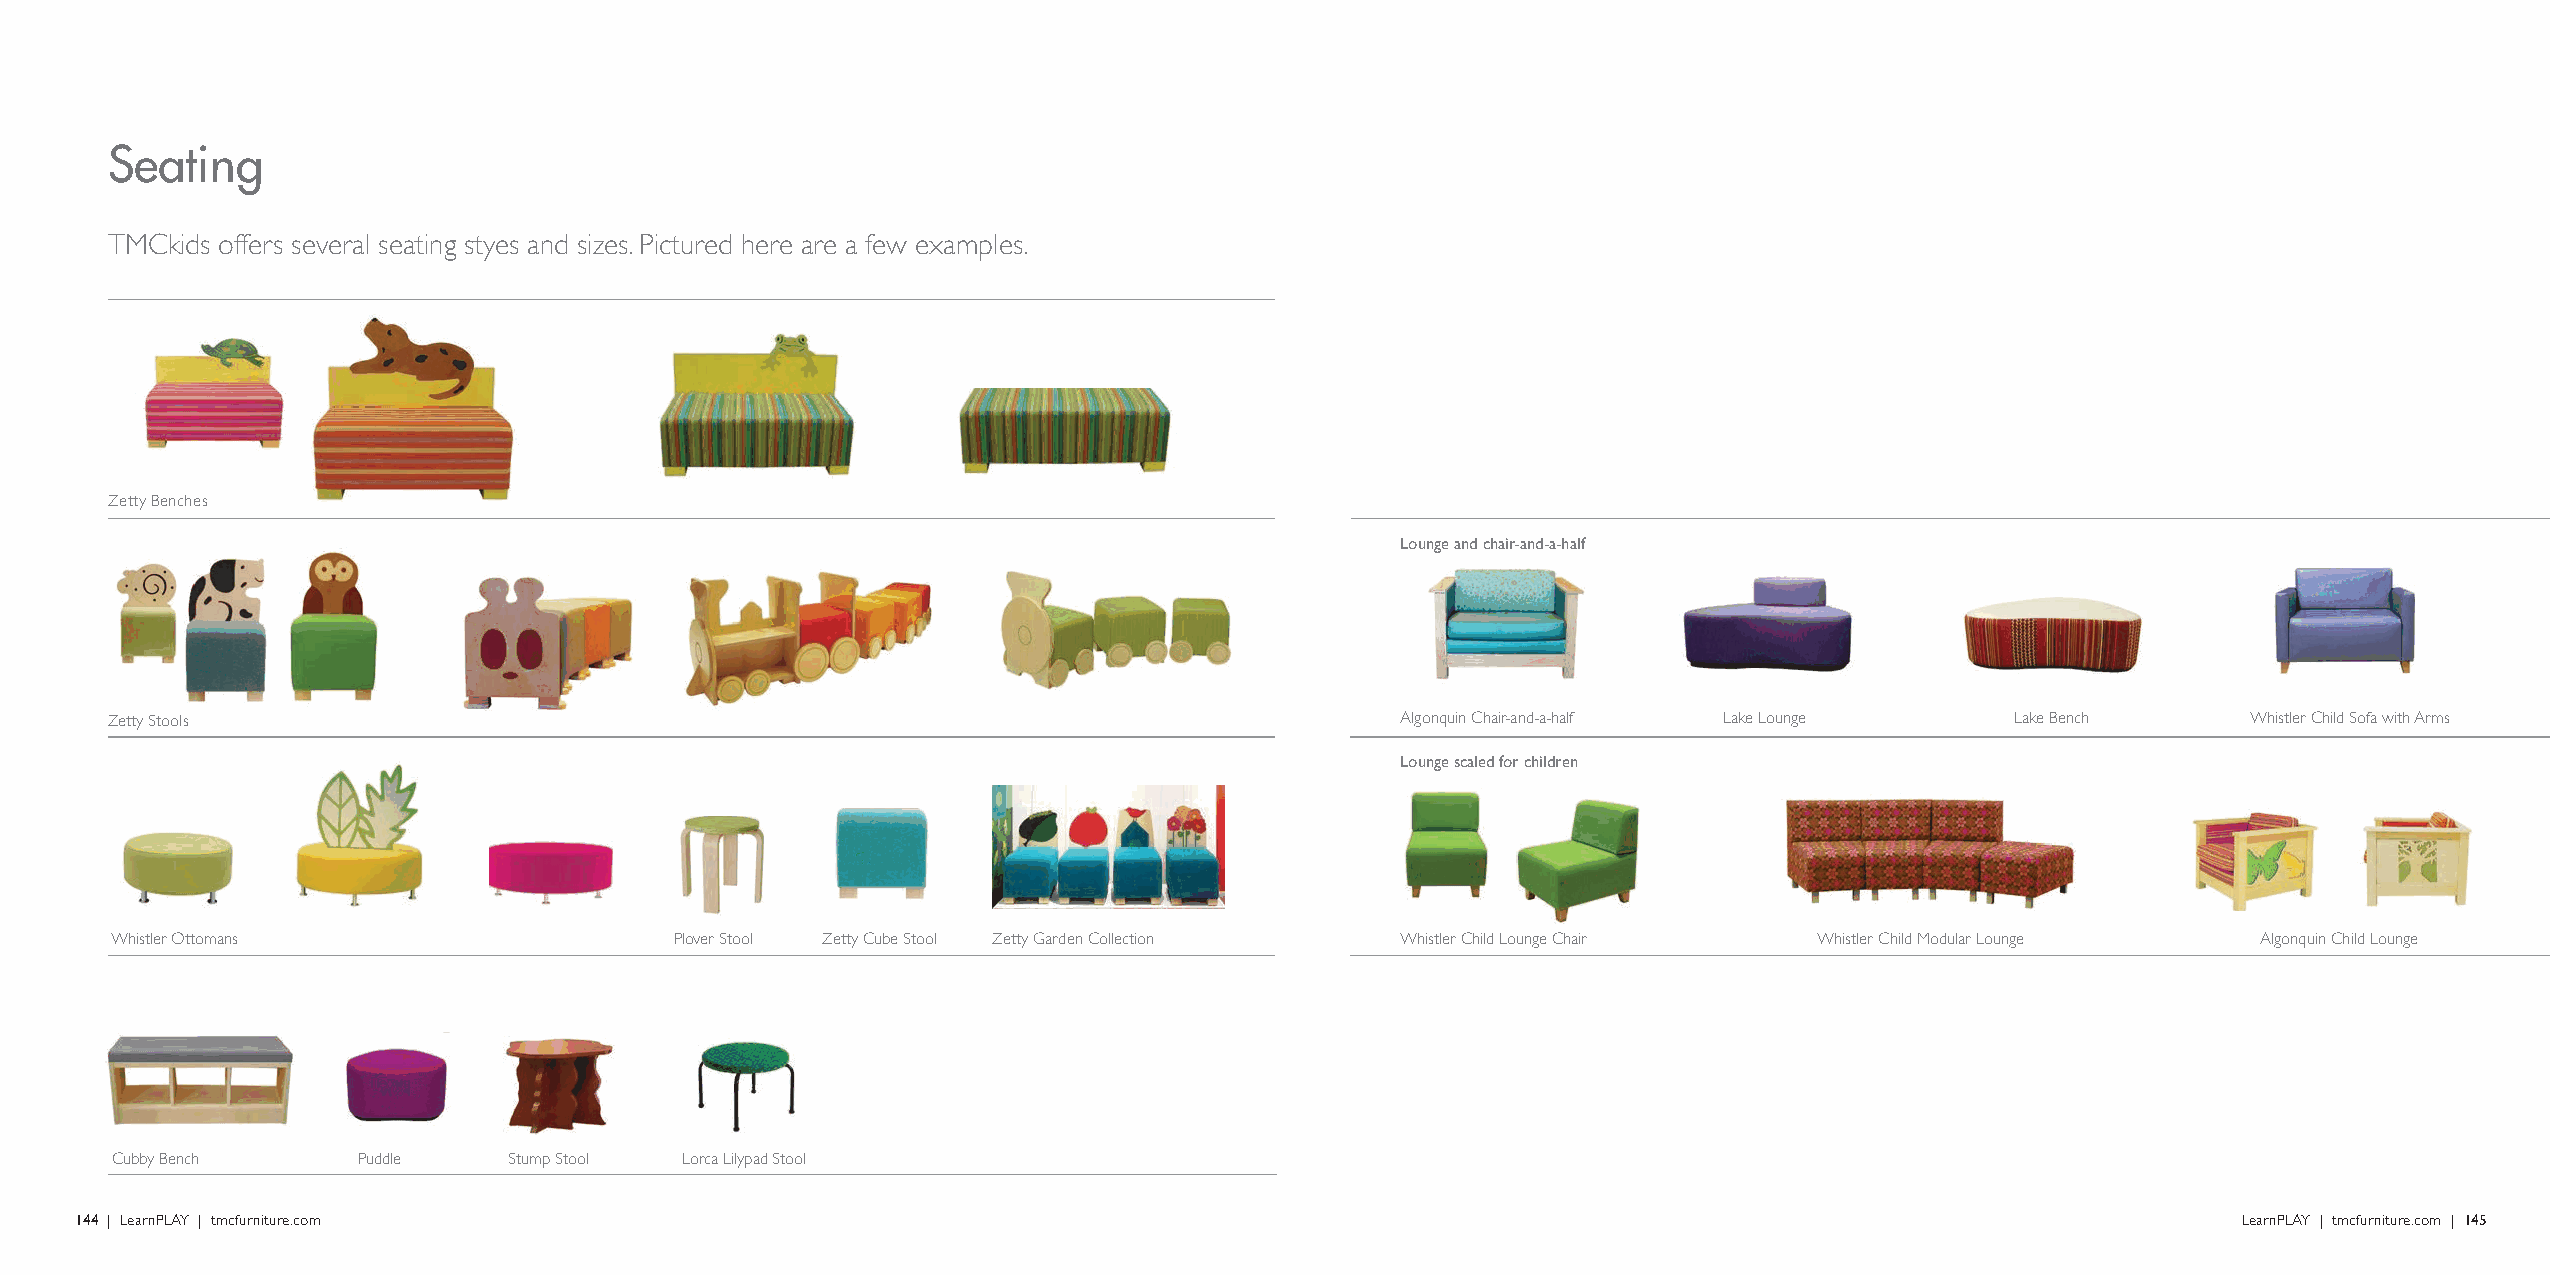
Seating
 TMCkids offers several seating styes and sizes. Pictured here are a few examples.
 Zetty Benches
 Lounge and chair-and-a-half
 Zetty Stools                                                                          Algonquin Chair-and-a-half Lake Lounge  Lake Bench      Whistler Child Sofa with Arms
 Lounge scaled for children
 Whistler Ottomans                     Plover Stool Zetty Cube Stool Zetty Garden Collection Whistler Child Lounge Chair Whistler Child Modular Lounge Algonquin Child Lounge
 Cubby Bench      Puddle    Stump Stool Lorca Lilypad Stool
 144 | LearnPLAY | tmcfurniture.com                                                                                                             LearnPLAY | tmcfurniture.com | 145